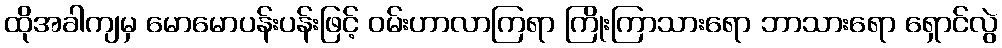
ထိုအခါကျမှ မောမောပန်းပန်းဖြင့် ဝမ်းဟာလာကြရာ ကြိုးကြာသားရော ဘာသားရော ရှောင်လွဲ